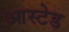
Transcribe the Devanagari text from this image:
आस्टेड